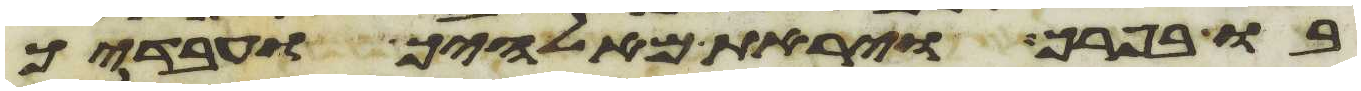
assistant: בו בפרך ויראת מאלהיך ועבדיך